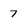
Character: 7